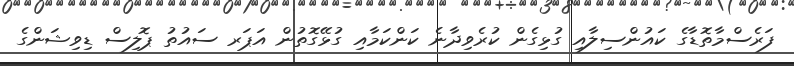
ފަރެސްމާތޮޑާގެ ކައުންސިލާއި ގުޅިގެން ކުރެވިދާނެ ކަންކަމާއި ގުޅޭގޮތުން އަޕަރ ސައުތު ޕޮލިސް ޑިވިޝަންގެ